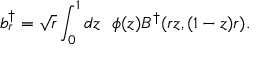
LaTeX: b _ { r } ^ { \dagger } = \sqrt { r } \int _ { 0 } ^ { 1 } d z \ \ \phi ( z ) B ^ { \dagger } ( r z , ( 1 - z ) r ) .